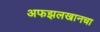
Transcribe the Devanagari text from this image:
अफझलखानचा